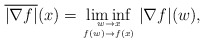
\begin{align*}\overline{|\nabla f|}(x) = \liminf_{{w \to x}\atop{f(w) \to f(x)}} |\nabla f|(w),\end{align*}